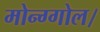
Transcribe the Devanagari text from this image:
मोन्ग्गोल।